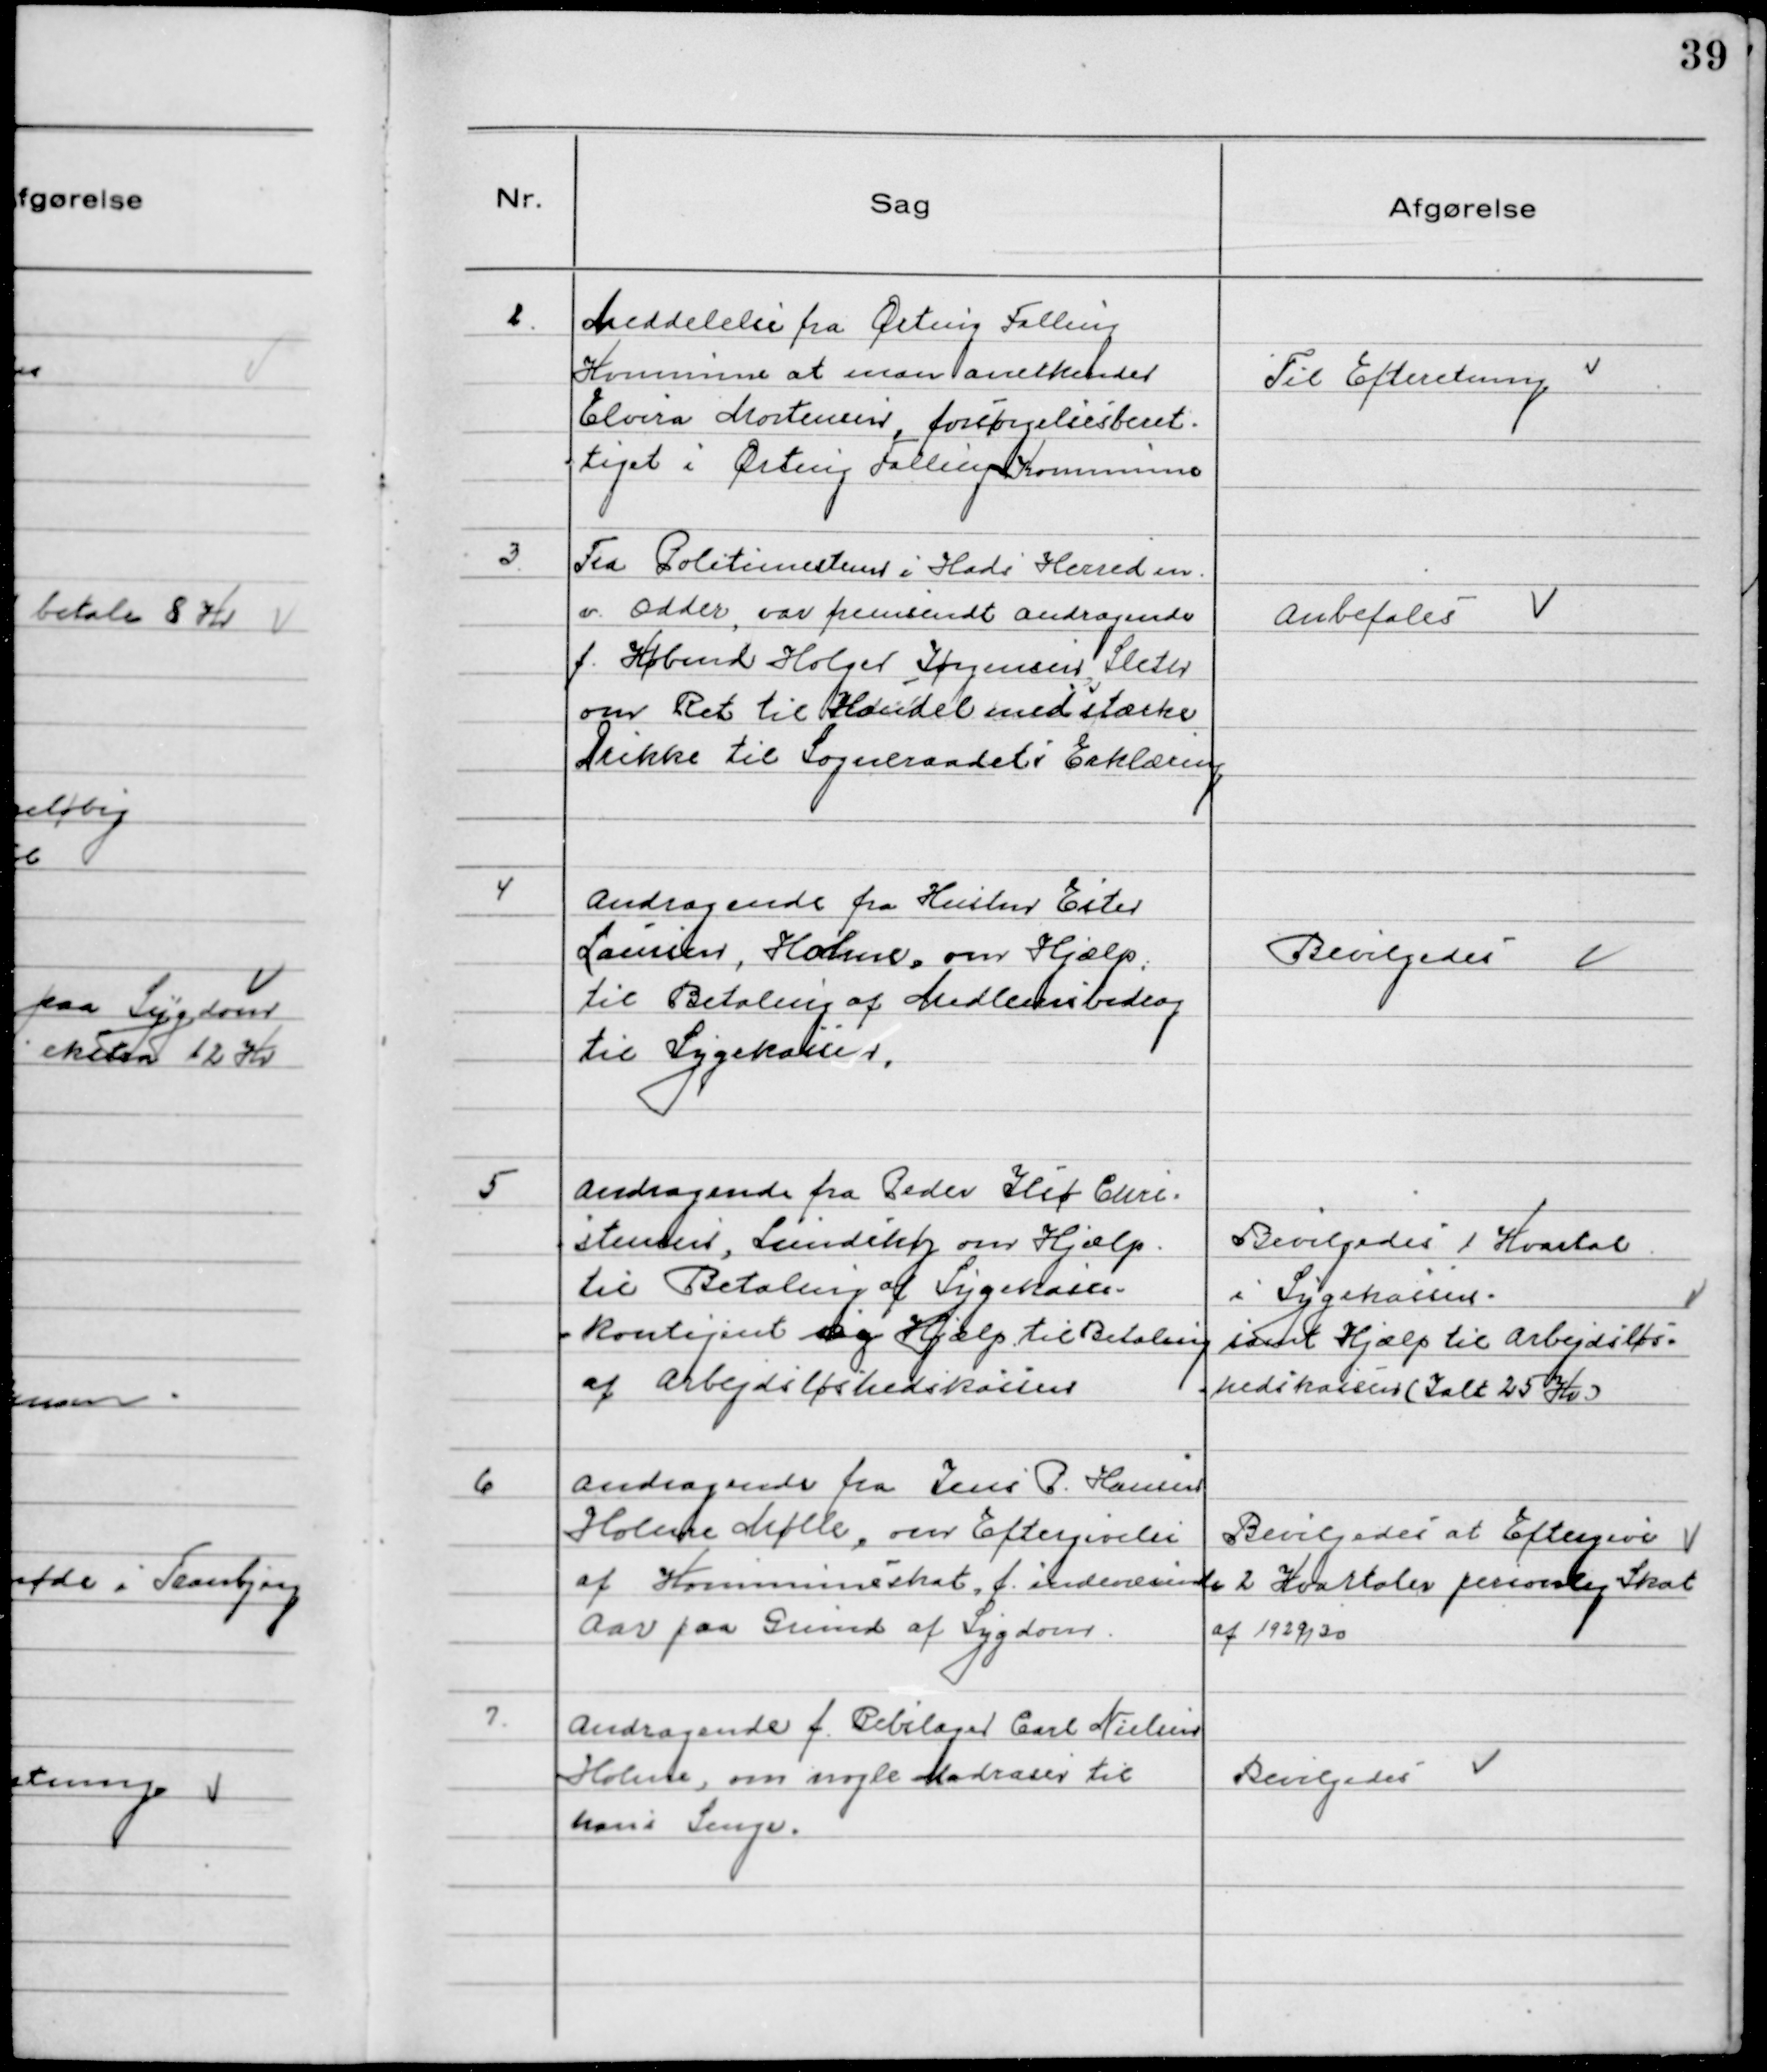
Transskription:
2. Meddelelse fra Ørting Falling
Kommune at man anerkender
Elvira Mortensen, forsørgelsesberet
tiget i Ørting Falling Kommune

Til Efteretning

3. Fra Politimesteren i Hads Herred m
v. Odder var fremsendt andragende
f. Købmd Holger Jørgensen, Sleth
om Ret til Handel med stærke
Drikke til Sogneraadets Erklæring

Anbefales

4 Andragende fra Hustru Ester
Laursen, Holme, om Hjælp
til Betaling af Medlemsbidrag
til Sygekassen.

Bevilgedes

5 Andragende fra Peder Ilsø Chri-
stensen, Lundshøj om Hjælp
til Betaling af Sygekasse-
kontigent og Hjælp til Betaling
af Arbejdsløshedskassen

Bevilgedes 1 Kvartal
i Sygekassen
samt Hjælp til Arbejdssløs-
hedskassen (Ialt 25 Kr.)

6 Andragende fra Jens P. Hansen
Holme Mølle, om Eftergivelse
af Kommuneskat f. indeværende
Aar paa Grund af Sygdom.

Bevilgedes at Eftergive
2 Kvartaler personlig Skat
af 1929/30

7. Andragende f. Rebslager Carl Nielsen
Holme, om nogle Madraser til
hans Senge.

Bevilgedes